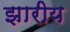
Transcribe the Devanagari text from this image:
झारीय